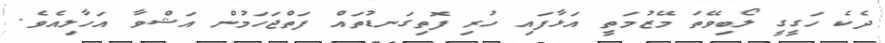
ދެކެ ހަގީގީ ލޯބިވޭތަ މޭޒުމަތީ އަޅާފައި ހުރި ފޮތިގަނޑުތައް ފަތްޖަހަމުން އަޝްވާ އަހާލިއެވެ.